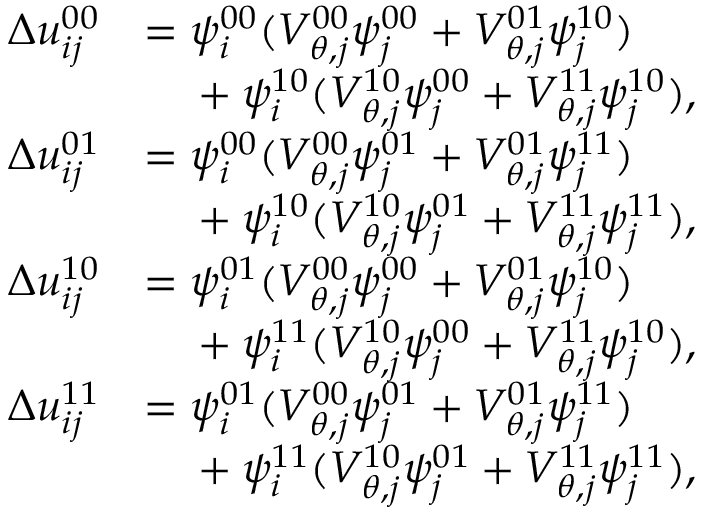
\begin{array} { r l } { \Delta u _ { i j } ^ { 0 0 } } & { = \psi _ { i } ^ { 0 0 } ( V _ { \boldsymbol { \theta } , j } ^ { 0 0 } \psi _ { j } ^ { 0 0 } + V _ { \boldsymbol { \theta } , j } ^ { 0 1 } \psi _ { j } ^ { 1 0 } ) } \\ & { \quad \null + \psi _ { i } ^ { 1 0 } ( V _ { \boldsymbol { \theta } , j } ^ { 1 0 } \psi _ { j } ^ { 0 0 } + V _ { \boldsymbol { \theta } , j } ^ { 1 1 } \psi _ { j } ^ { 1 0 } ) , } \\ { \Delta u _ { i j } ^ { 0 1 } } & { = \psi _ { i } ^ { 0 0 } ( V _ { \boldsymbol { \theta } , j } ^ { 0 0 } \psi _ { j } ^ { 0 1 } + V _ { \boldsymbol { \theta } , j } ^ { 0 1 } \psi _ { j } ^ { 1 1 } ) } \\ & { \quad \null + \psi _ { i } ^ { 1 0 } ( V _ { \boldsymbol { \theta } , j } ^ { 1 0 } \psi _ { j } ^ { 0 1 } + V _ { \boldsymbol { \theta } , j } ^ { 1 1 } \psi _ { j } ^ { 1 1 } ) , } \\ { \Delta u _ { i j } ^ { 1 0 } } & { = \psi _ { i } ^ { 0 1 } ( V _ { \boldsymbol { \theta } , j } ^ { 0 0 } \psi _ { j } ^ { 0 0 } + V _ { \boldsymbol { \theta } , j } ^ { 0 1 } \psi _ { j } ^ { 1 0 } ) } \\ & { \quad \null + \psi _ { i } ^ { 1 1 } ( V _ { \boldsymbol { \theta } , j } ^ { 1 0 } \psi _ { j } ^ { 0 0 } + V _ { \boldsymbol { \theta } , j } ^ { 1 1 } \psi _ { j } ^ { 1 0 } ) , } \\ { \Delta u _ { i j } ^ { 1 1 } } & { = \psi _ { i } ^ { 0 1 } ( V _ { \boldsymbol { \theta } , j } ^ { 0 0 } \psi _ { j } ^ { 0 1 } + V _ { \boldsymbol { \theta } , j } ^ { 0 1 } \psi _ { j } ^ { 1 1 } ) } \\ & { \quad \null + \psi _ { i } ^ { 1 1 } ( V _ { \boldsymbol { \theta } , j } ^ { 1 0 } \psi _ { j } ^ { 0 1 } + V _ { \boldsymbol { \theta } , j } ^ { 1 1 } \psi _ { j } ^ { 1 1 } ) , } \end{array}